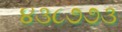
૪૩૮૭૭૩